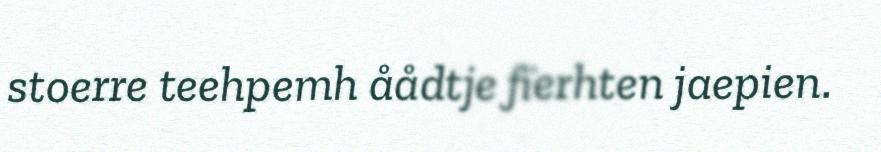
stoerre teehpemh åådtje fïerhten jaepien.